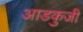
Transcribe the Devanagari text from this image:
आडकुजी